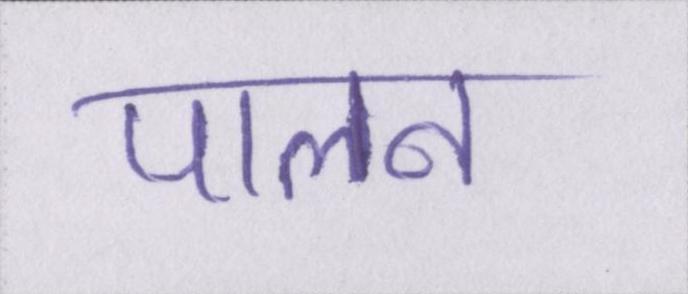
पालन